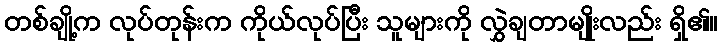
တစ်ချို့က လုပ်တုန်းက ကိုယ်လုပ်ပြီး သူများကို လွှဲချတာမျိုးလည်း ရှိ၏။